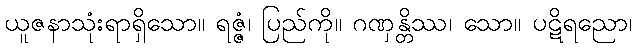
ယူဇနာသုံးရာရှိသော။ ရဇ္ဇံ၊ ပြည်ကို။ ဂဏှန္တိဿ၊ သော။ ပဋိရညော၊